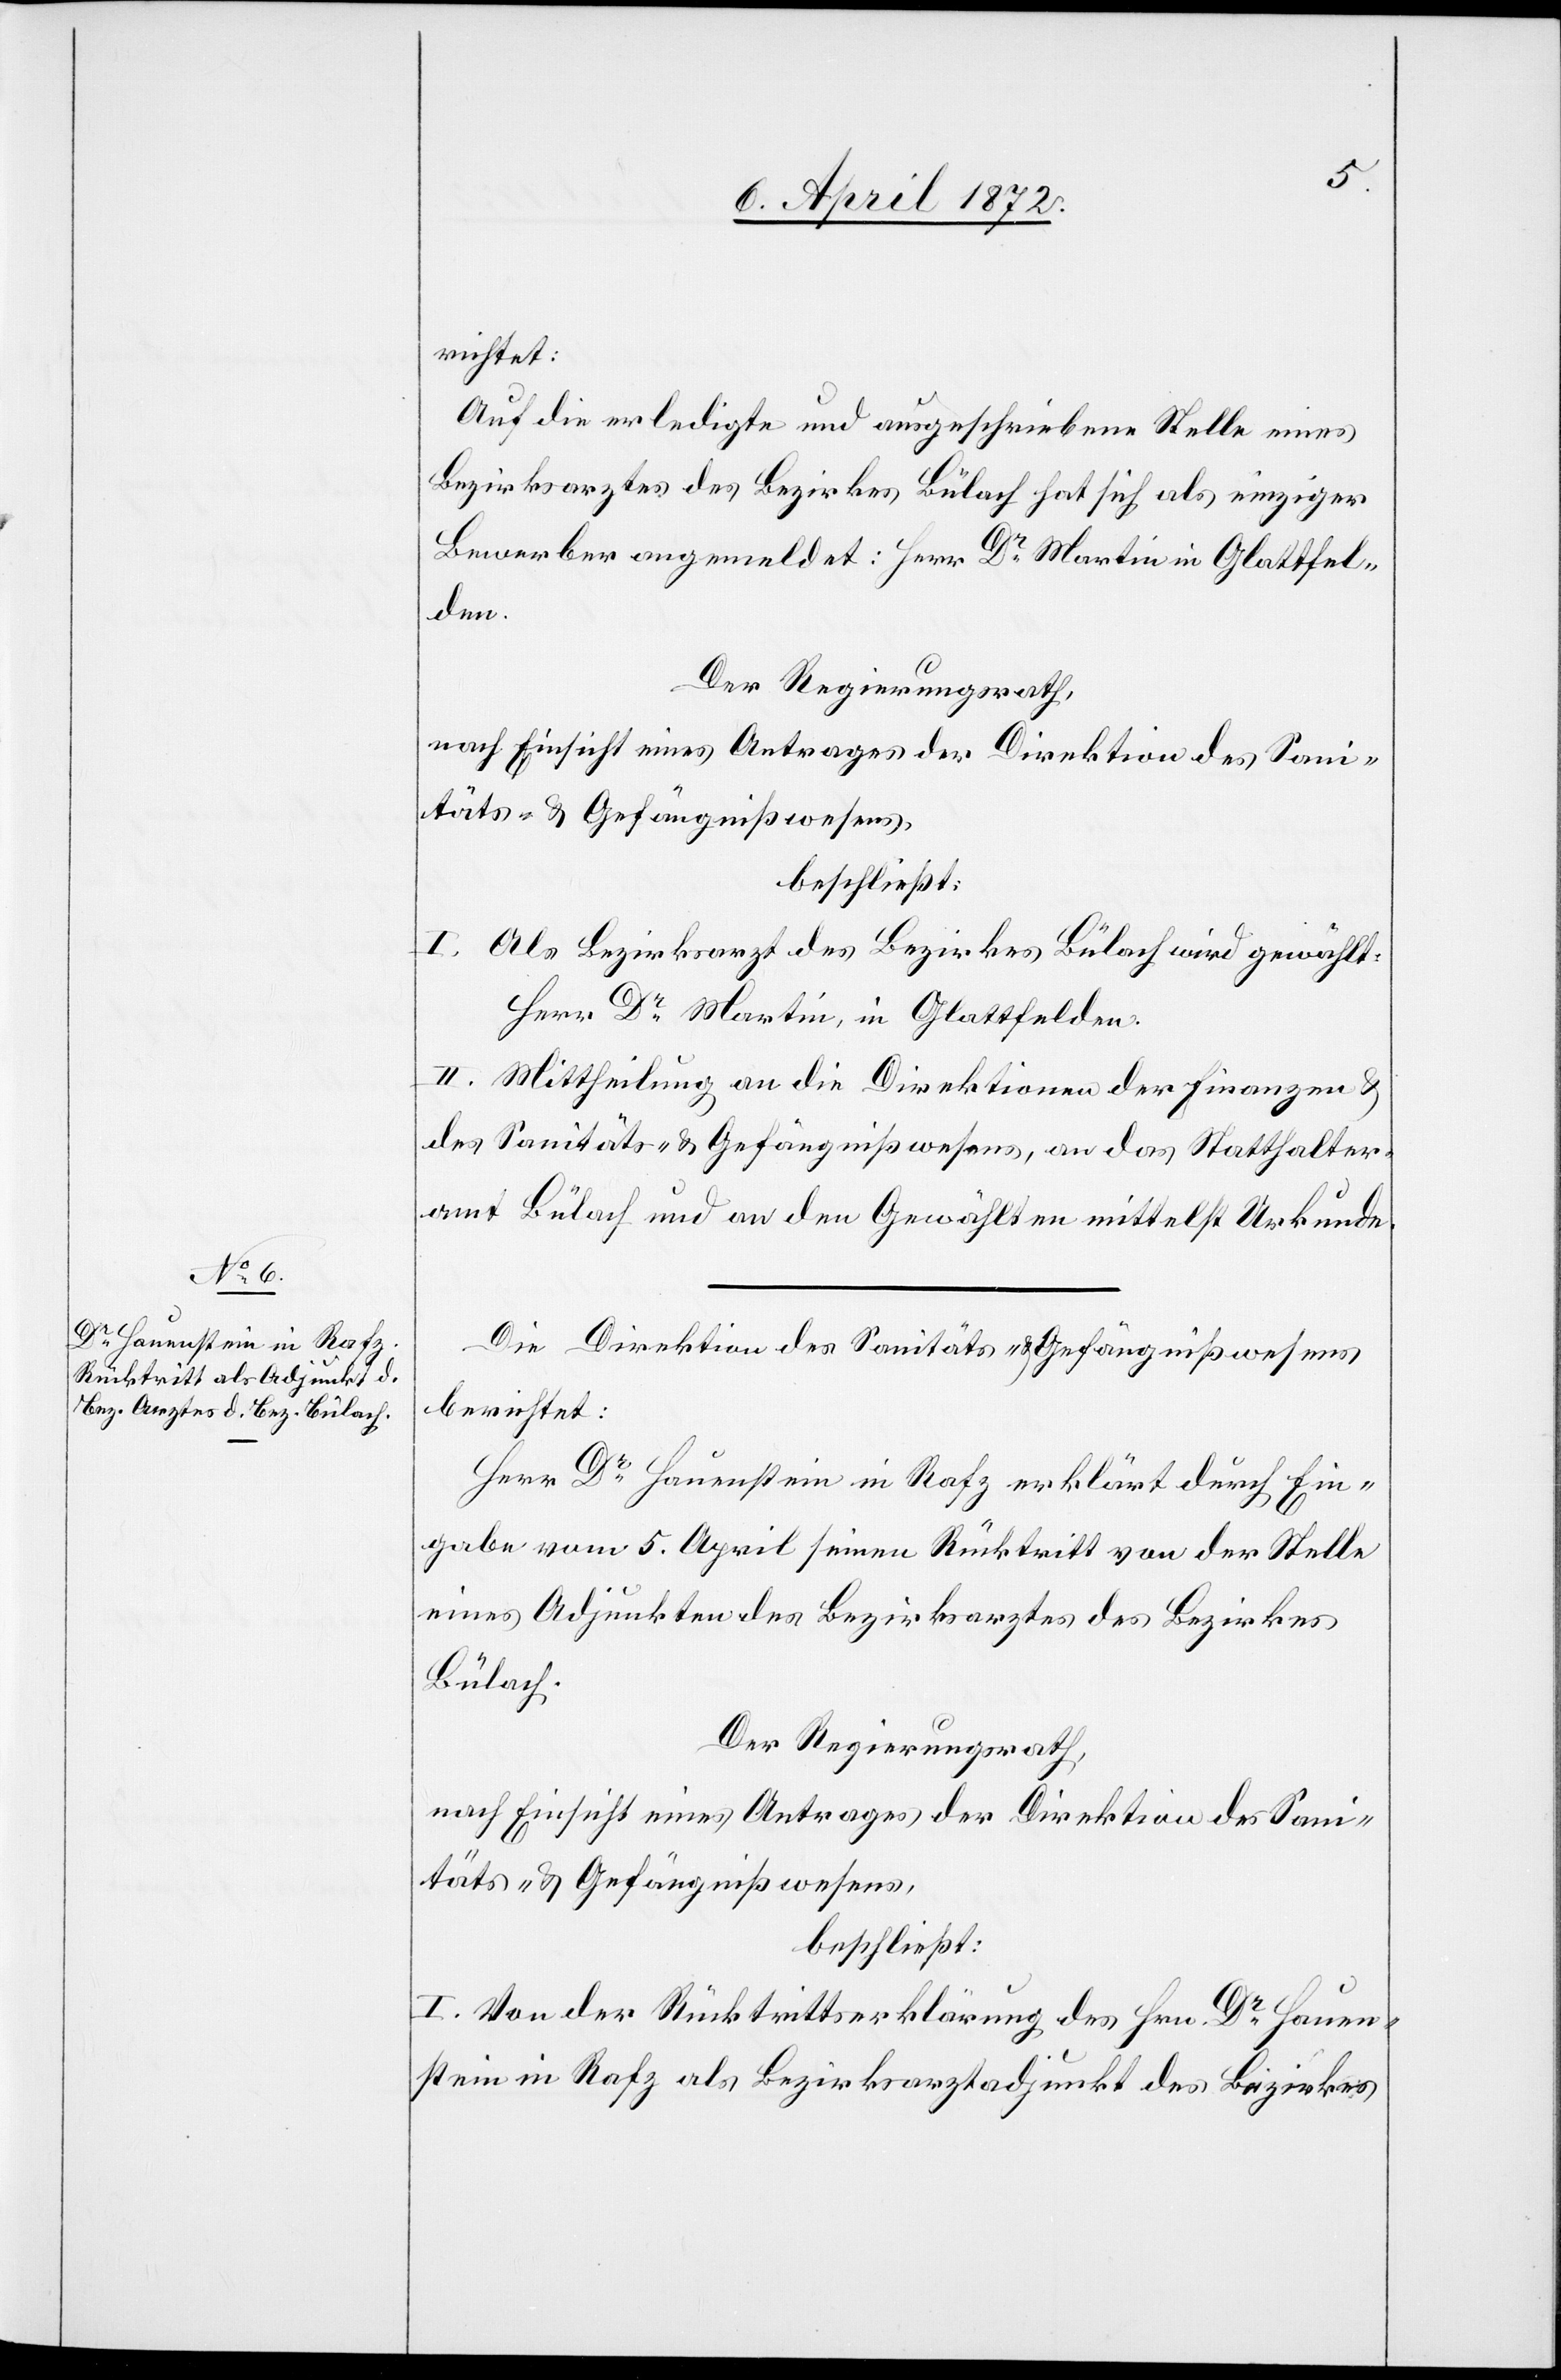
richtet:
Auf die erledigte und ausgeschriebene Stelle eines
Bezirksarztes des Bezirkes Bülach hat sich als einziger
Bewerber angemeldet: Herr Dr Martin in Glattfel¬
den.
Der Regierungsrath,
nach Einsicht eines Antrages der Direktion des Sani¬
I. Als Bezirksarzt des Bezirkes Bülach wird gewählt:
Herr Dr Martin, in Glattfelden.
II. Mittheilung an die Direktionen der Finanzen u.
des Sanitäts- u. Gefängnißwesens, an das Statthalter¬
amt Bülach und an den Gewählten mittelst Urkunde.
Die Direktion des Sanitäts- u. Gefängnißwesens
berichtet:
Herr Dr Hauenstein in Rafz erklärt durch Ein¬
gabe vom 5. April seinen Rücktritt von der Stelle
eines Adjunkten des Bezirksarztes des Bezirkes
Bülach.
Der Regierungsrath,
nach Einsicht eines Antrages der Direktion des Sani¬
täts- u. Gefängnißwesens,
beschließt:
I. Von der Rücktrittserklärung des Hrn. Dr Hauen¬
stein in Rafz als Bezirksarztadjunkt des Bezirkes